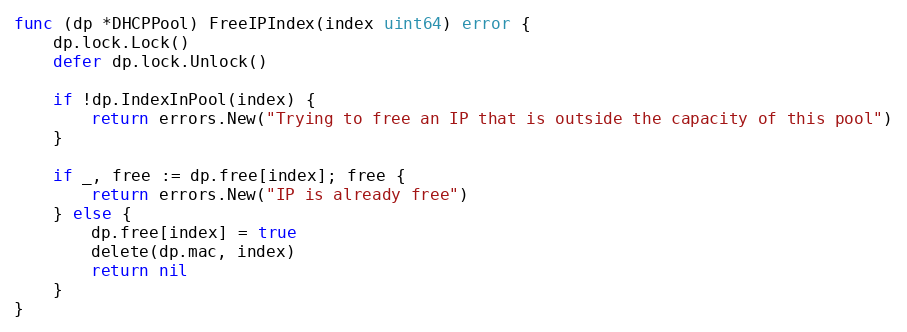
Language: Go
func (dp *DHCPPool) FreeIPIndex(index uint64) error {
	dp.lock.Lock()
	defer dp.lock.Unlock()

	if !dp.IndexInPool(index) {
		return errors.New("Trying to free an IP that is outside the capacity of this pool")
	}

	if _, free := dp.free[index]; free {
		return errors.New("IP is already free")
	} else {
		dp.free[index] = true
		delete(dp.mac, index)
		return nil
	}
}